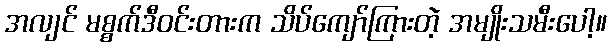
အလျင် မစ္စက်ဒီဝင်းတားက သိပ်ကျော်ကြားတဲ့ အမျိုးသမီးပေါ့။